38_143685_box7_Incident_Summaries_1-100
Agency: Department of War
Page 187
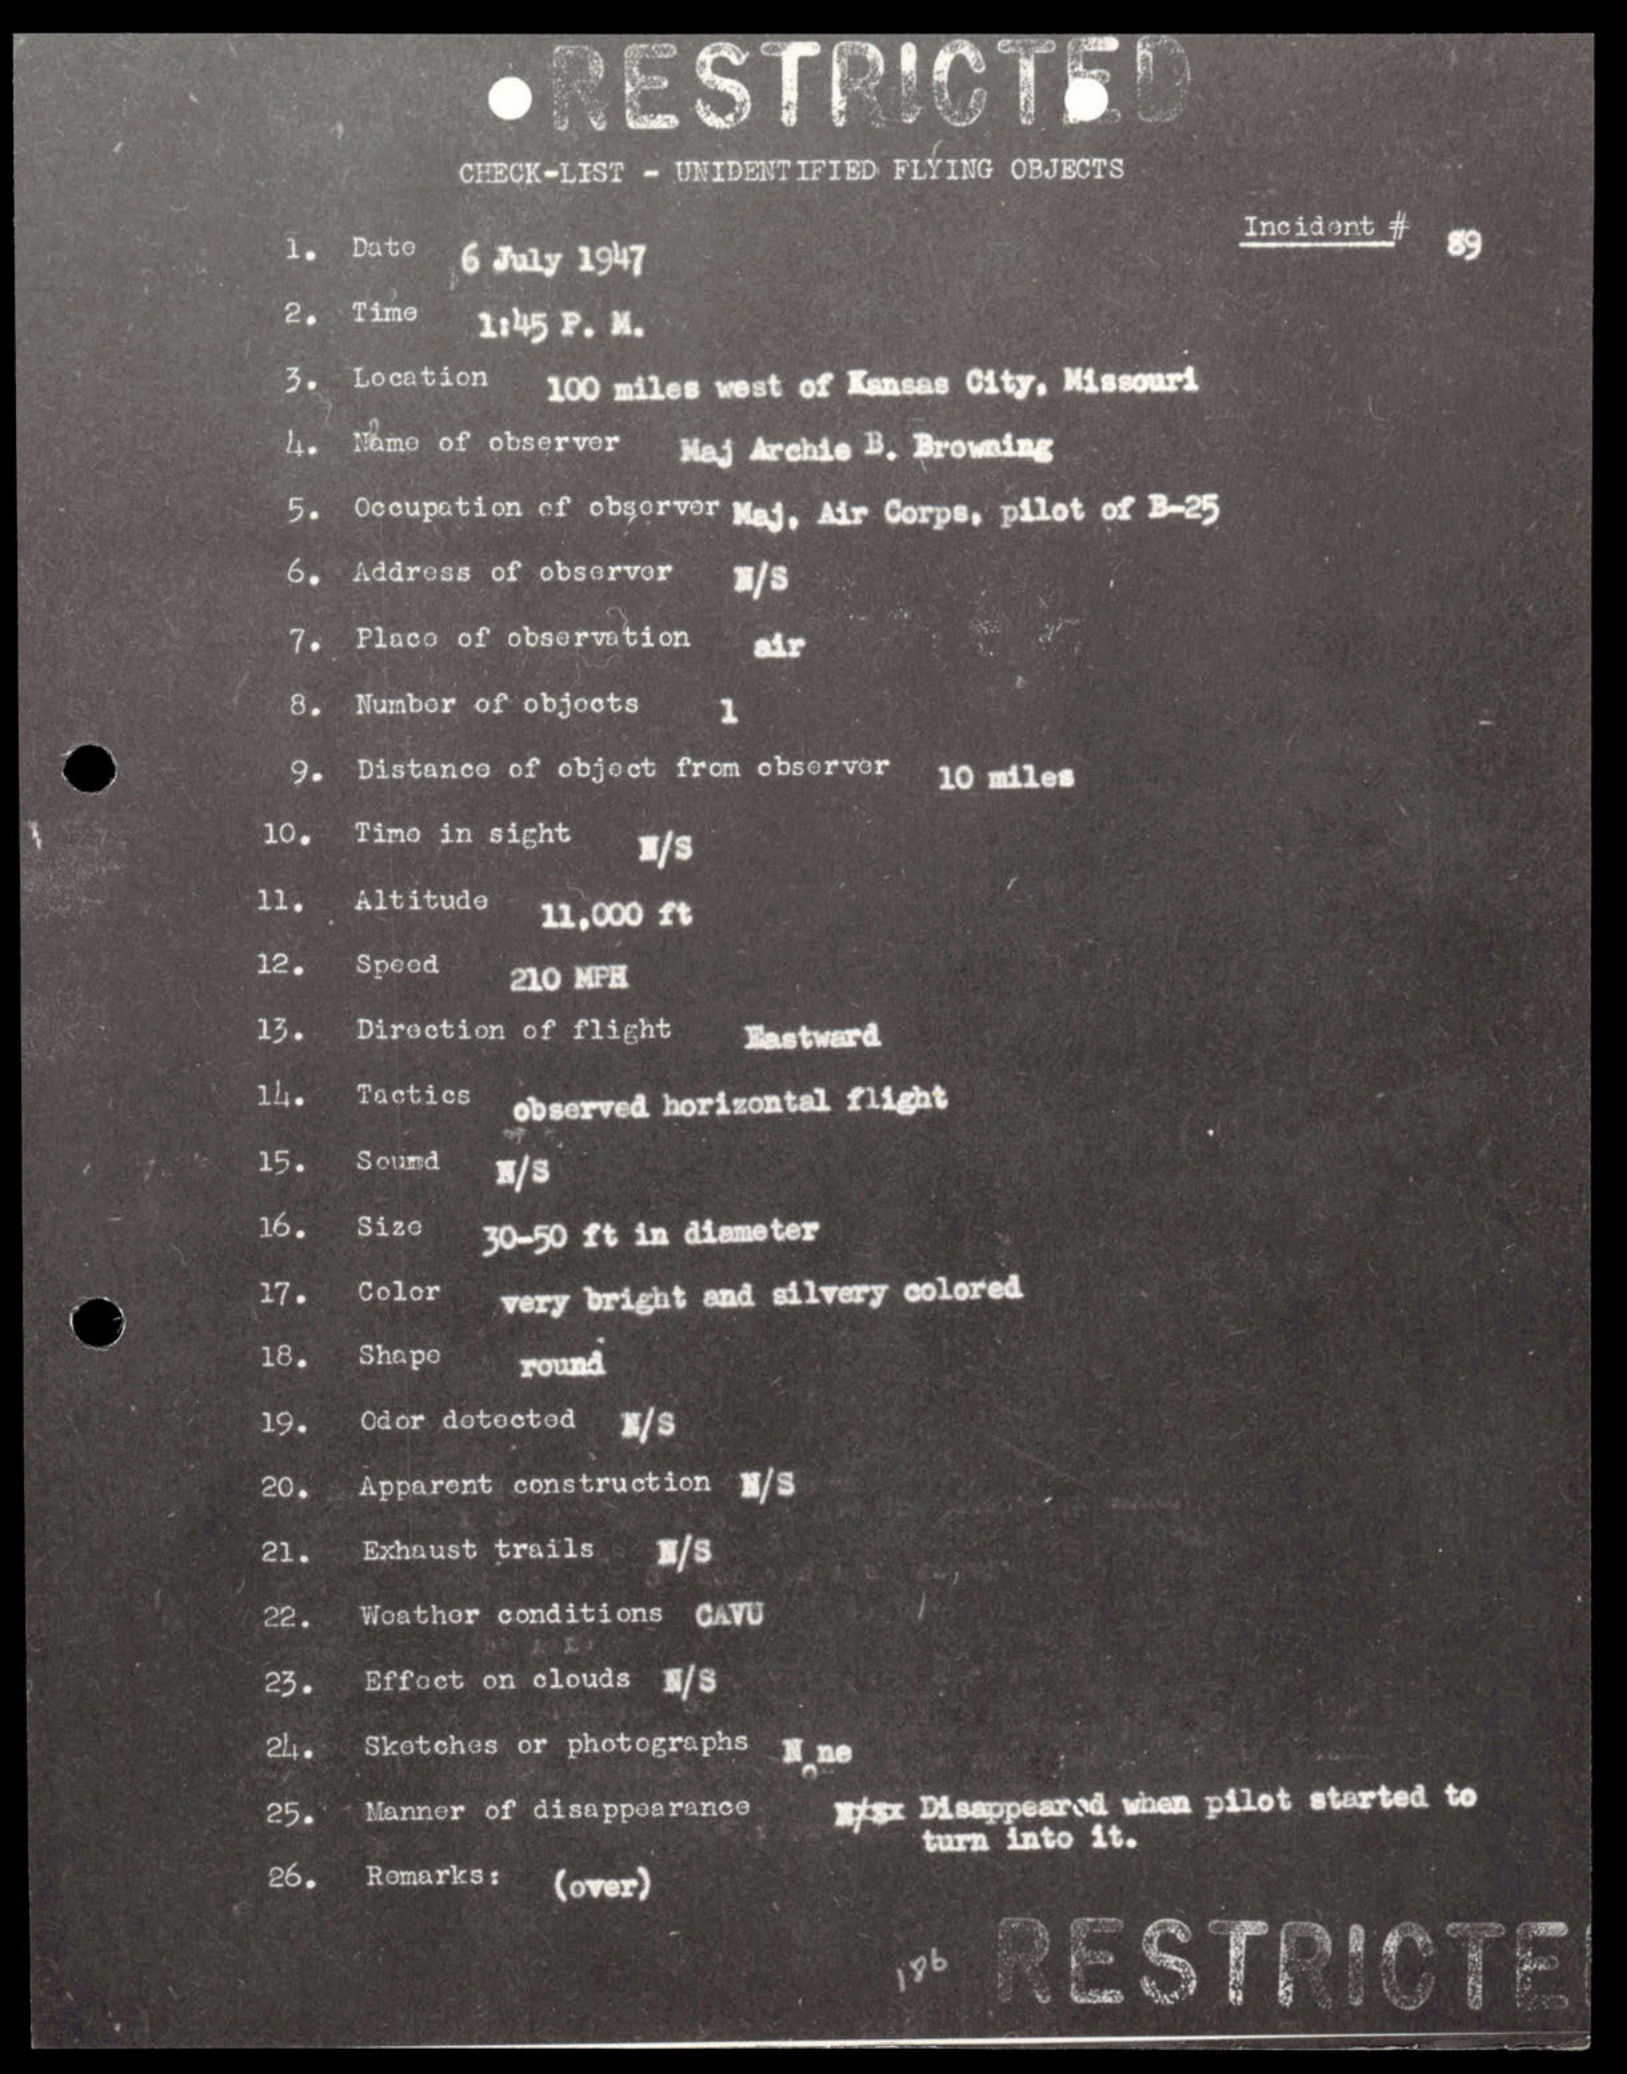